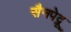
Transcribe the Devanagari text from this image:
सैनपेद्रू